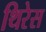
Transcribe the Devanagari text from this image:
थिरेस